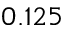
0 . 1 2 5